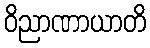
ဝိညာဏာယာတိ